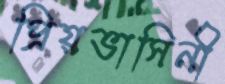
প্রিয়ভাসিনী